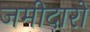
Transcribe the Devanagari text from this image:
जमीदारो